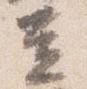
立